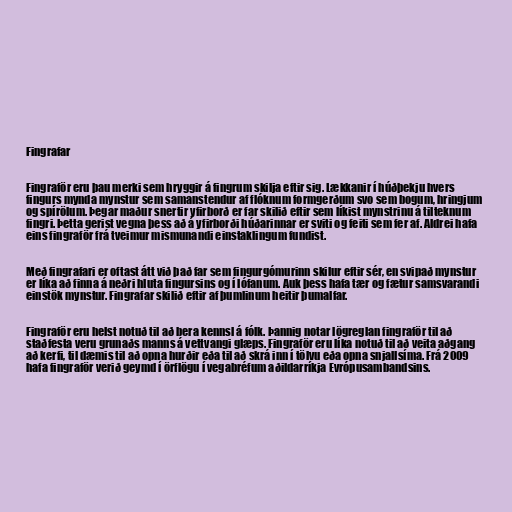
Fingrafar

Fingraför eru þau merki sem hryggir á fingrum skilja eftir sig. Lækkanir í húðþekju hvers
fingurs mynda mynstur sem samanstendur af flóknum formgerðum svo sem bogum, hringjum
og spírölum. Þegar maður snertir yfirborð er far skilið eftir sem líkist mynstrinu á tilteknum
fingri. Þetta gerist vegna þess að á yfirborði húðarinnar er sviti og feiti sem fer af. Aldrei hafa
eins fingraför frá tveimur mismunandi einstaklingum fundist.

Með fingrafari er oftast átt við það far sem fingurgómurinn skilur eftir sér, en svipað mynstur
er líka að finna á neðri hluta fingursins og í lófanum. Auk þess hafa tær og fætur samsvarandi
einstök mynstur. Fingrafar skilið eftir af þumlinum heitir þumalfar.

Fingraför eru helst notuð til að bera kennsl á fólk. Þannig notar lögreglan fingraför til að
staðfesta veru grunaðs manns á vettvangi glæps. Fingraför eru líka notuð til að veita aðgang
að kerfi, til dæmis til að opna hurðir eða til að skrá inn í tölvu eða opna snjallsíma. Frá 2009
hafa fingraför verið geymd í örflögu í vegabréfum aðildarríkja Evrópusambandsins.